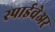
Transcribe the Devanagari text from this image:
स्पाईवेअर